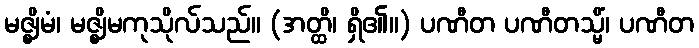
မဇ္ဈိမံ၊ မဇ္ဈိမကုသိုလ်သည်။ (အတ္ထိ၊ ရှိ၏။) ပဏီတ ပဏီတသ္မိံ၊ ပဏီတ